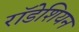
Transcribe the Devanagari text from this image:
राॅडेशियन